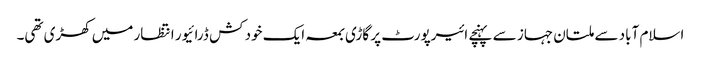
اسلام آباد سے ملتان جہاز سے پہنچے ائیرپورٹ پر گاڑی بمعہ ایک خود کش ڈرائیور انتظار میں کھڑی تھی۔